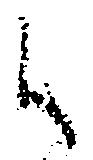
候